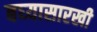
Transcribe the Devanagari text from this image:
बघ्‍यासारखी